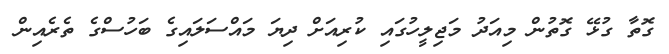
ގޮތާ ގުޅޭ ގޮތުން މިއަދު މަޖިލީހުގައި ކުރިއަށް ދިޔަ މައްސަލައިގެ ބަހުސްގެ ތެރެއިން